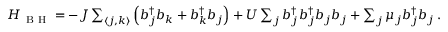
\begin{array} { r } { H _ { \mathrm { ~ B ~ H ~ } } = - J \sum _ { \langle j , k \rangle } \left( b _ { j } ^ { \dagger } b _ { k } + b _ { k } ^ { \dagger } b _ { j } \right) + U \sum _ { j } b _ { j } ^ { \dagger } b _ { j } ^ { \dagger } b _ { j } b _ { j } + \sum _ { j } \mu _ { j } b _ { j } ^ { \dagger } b _ { j } \, . } \end{array}